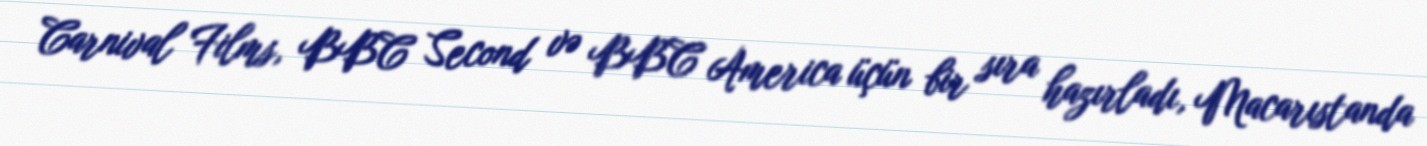
Carnival Films, BBC Second və BBC America üçün bir sıra hazırladı, Macarıstanda